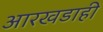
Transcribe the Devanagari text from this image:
आरखडाही